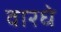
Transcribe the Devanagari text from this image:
वारधे